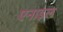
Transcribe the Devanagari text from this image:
एनाइल